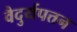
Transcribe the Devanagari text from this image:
वैदुर्यपत्तन